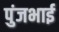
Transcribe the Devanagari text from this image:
पुंजभाई